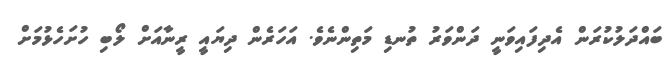
ބައްދަލުކުރަން އެދިފައިވަނީ ދަންވަރު ތުނޑި މަތިންނެވެ. އަހަރެން ދިޔައީ ރީނާއަށް ލޯބި ހުށަހެޅުމަށް